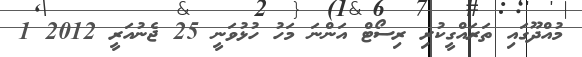
މުއްދޫގައި ތަރައްގީކުރި ރިސޯޓް އަންނަ މަހު ހުޅުވަނީ 25 ޖެނުއަރީ 2012 1